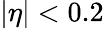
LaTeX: |\eta|<0.2